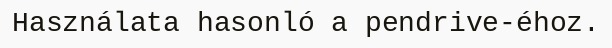
Használata hasonló a pendrive-éhoz.